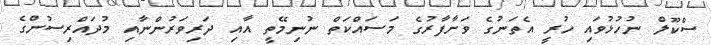
ސްކޫލް ނުހުޅުވައި ހުރީ އެތަނުގެ ވަށާފާރުގެ މަސައްކަތް ނުނިމޭތީ އާއި ދަރިވަރުންނާއި މުދައްރިސުންގެ